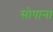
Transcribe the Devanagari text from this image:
सोपाना